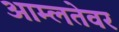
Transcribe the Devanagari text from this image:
आम्लतेवर